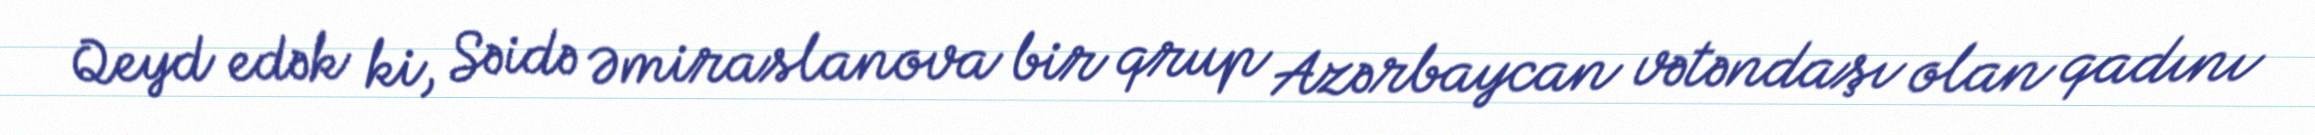
Qeyd edək ki, Səidə Əmiraslanova bir qrup Azərbaycan vətəndaşı olan qadını